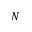
N